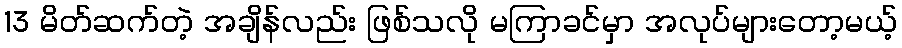
13 မိတ်ဆက်တဲ့ အချိန်လည်း ဖြစ်သလို မကြာခင်မှာ အလုပ်များတော့မယ့်